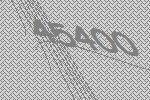
45400